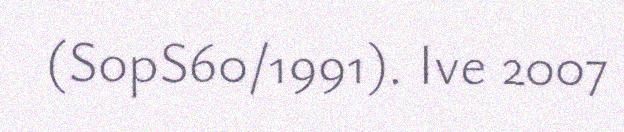
(SopS60/1991). Ive 2007